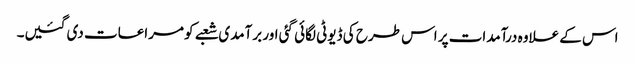
اس کے علاوہ درآمدات پر اس طرح کی ڈیوٹی لگائی گئی اور برآمدی شعبے کو مراعات دی گئیں۔